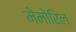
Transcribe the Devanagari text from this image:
मेमोरिल